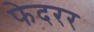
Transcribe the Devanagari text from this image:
फेदरर